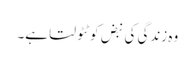
وہ زندگی کی نبض کو ٹٹولتا ہے۔